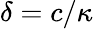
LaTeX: \delta=c/\kappa